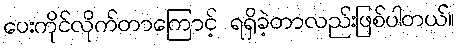
ပေးကိုင်လိုက်တာကြောင့် ရရှိခဲ့တာလည်းဖြစ်ပါတယ်။